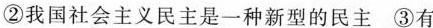
②我国社会主义民主是一种新型的民主 ③有